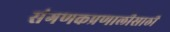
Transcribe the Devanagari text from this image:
संगणकप्रणालीसाठी